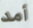
أمد